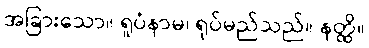
အခြားသော။ ရူပံနာမ၊ ရုပ်မည်သည်။ နတ္ထိ။